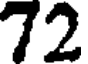
72